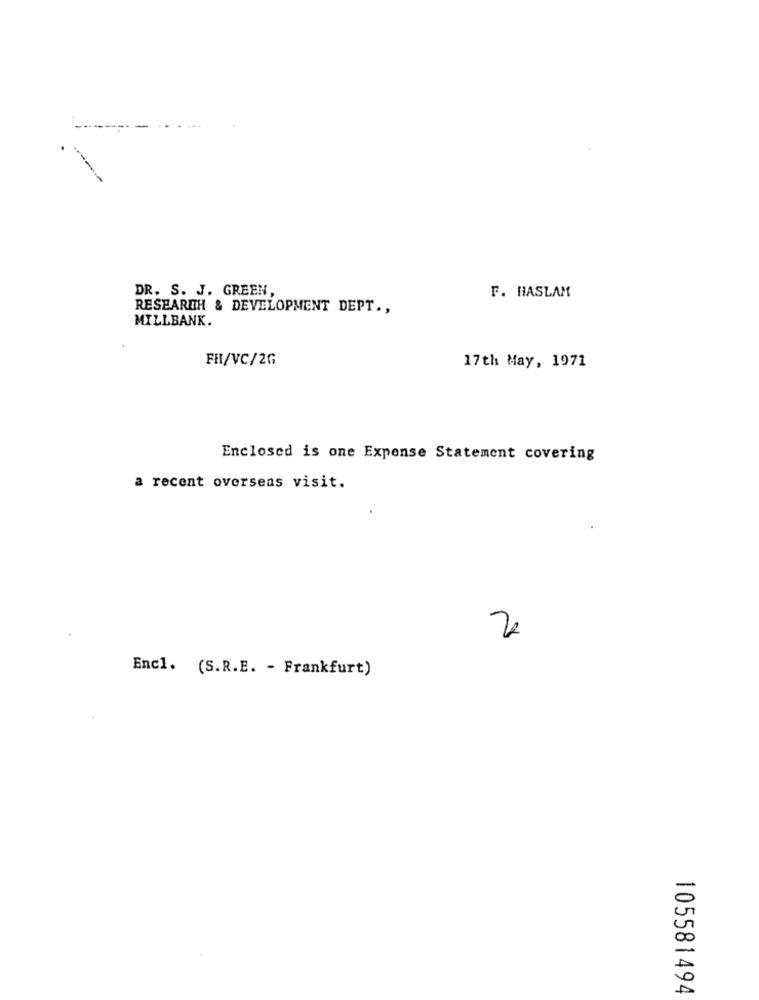
DR. S. J. GREEN,
F. HASLAM
RESEARCH & DEVELOPMENT DEPT .,
MILLBANK.
FR/VC/2G
17th May, 1971
Enclosed is one Expense Statement covering
a recent overseas visit.
2
Encl. (S.R.E. - Frankfurt)
105581494